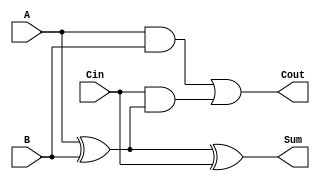
module FullAdder (
    input wire A,     // First input bit
    input wire B,     // Second input bit
    input wire Cin,   // Carry input
    output wire Sum,  // Sum output
    output wire Cout  // Carry output
);

// Internal signals
wire A_XOR_B;

// Compute the sum using XOR gates
assign A_XOR_B = A ^ B;      // A XOR B
assign Sum = A_XOR_B ^ Cin;  // (A XOR B) XOR Cin

// Compute the carry output using AND and OR gates
assign Cout = (A & B) | (Cin & A_XOR_B); // (A AND B) OR (Cin AND (A XOR B))

endmodule